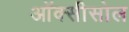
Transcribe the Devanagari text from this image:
ऑक्सीसोल